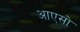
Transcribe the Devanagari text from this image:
आएसो